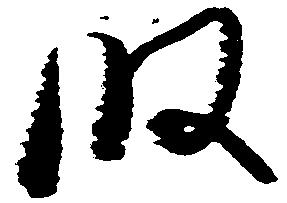
段